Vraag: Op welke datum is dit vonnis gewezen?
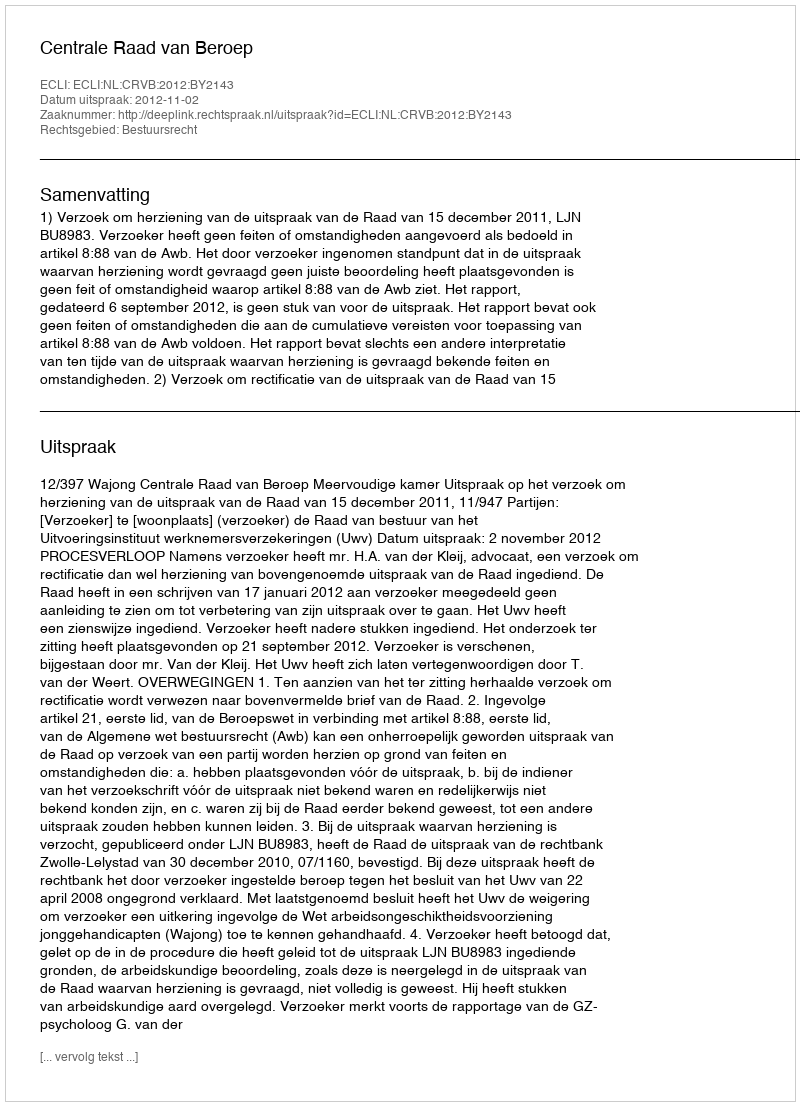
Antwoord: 2012-11-02